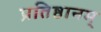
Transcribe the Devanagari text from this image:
प्रतिष्ठानम्